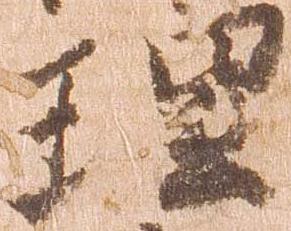
理